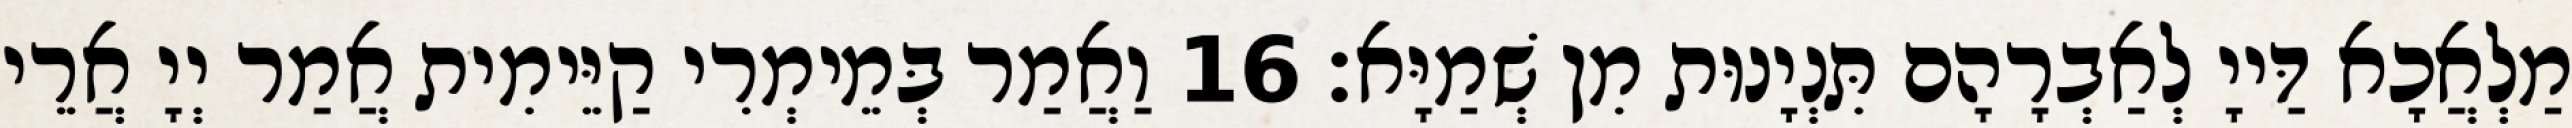
מַלְאֲכָא דַּייָ לְאַבְרָהָם תִּנְיָנוּת מִן שְׁמַיָּא׃ 16 וַאֲמַר בְּמֵימְרִי קַיֵּימִית אֲמַר יְיָ אֲרֵי